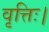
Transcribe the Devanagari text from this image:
वृत्तिः।